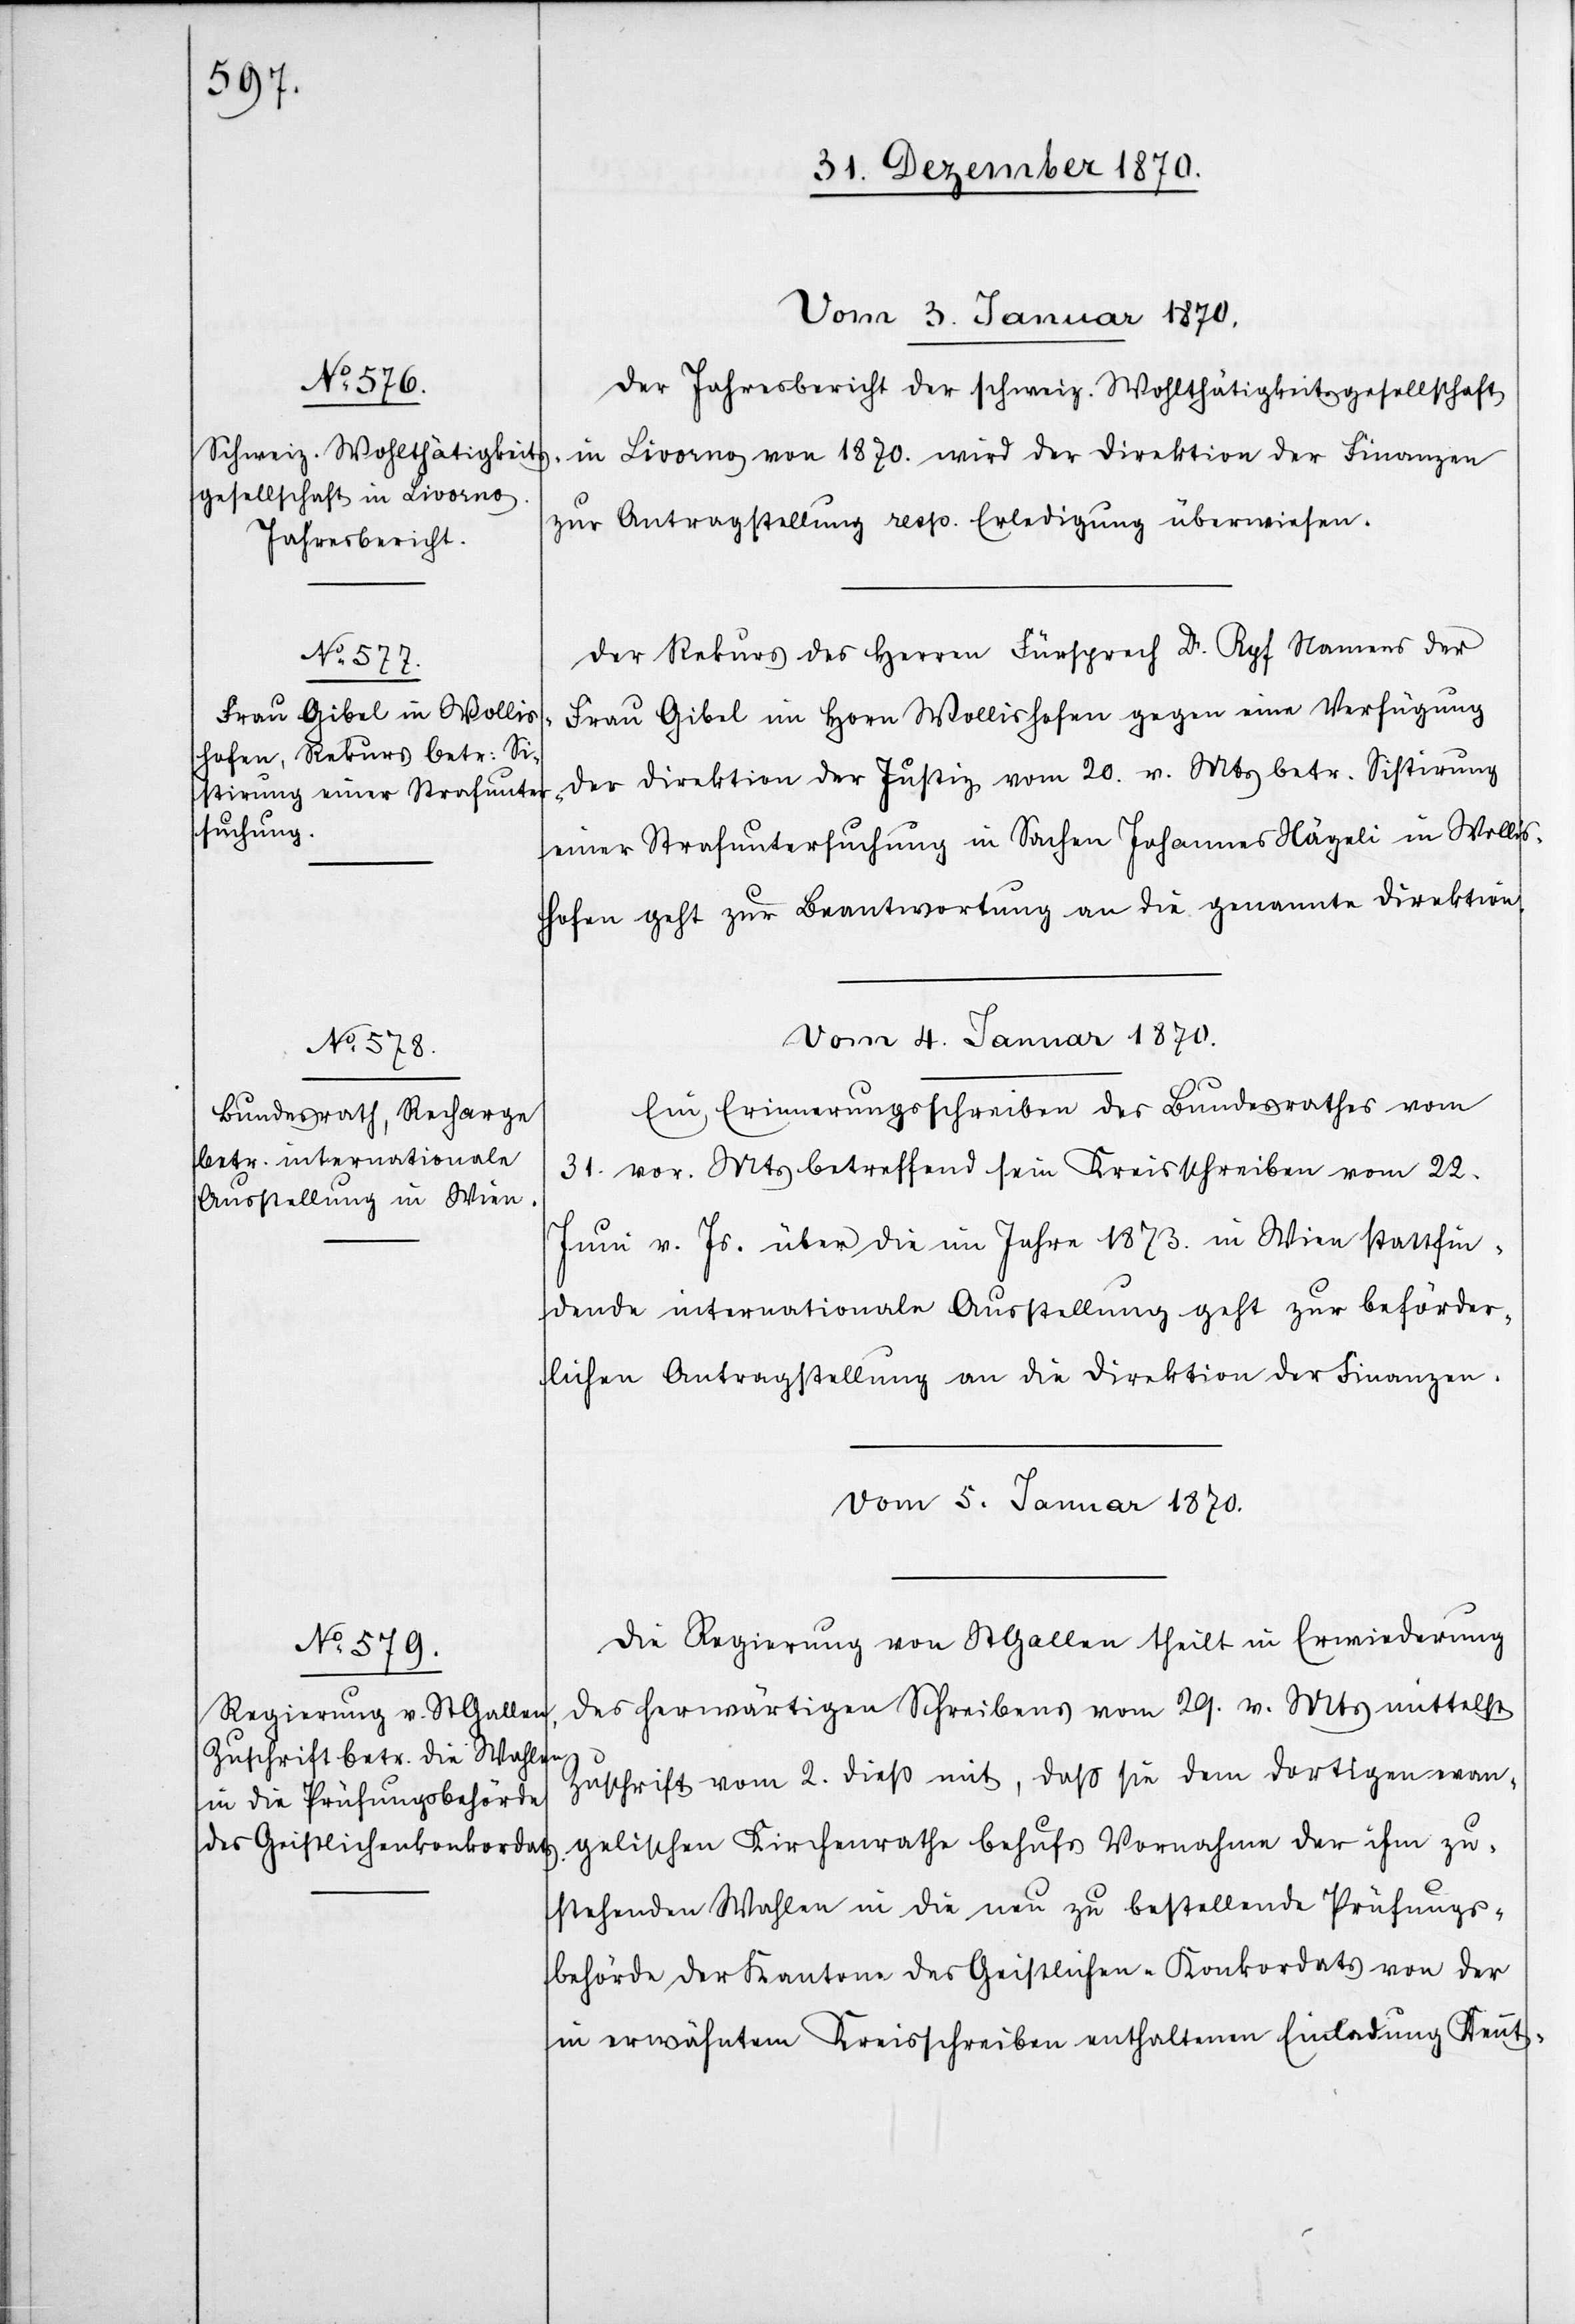
Der Jahresbericht der schweiz. Wohlthätigkeitsgesellschaft
in Livorno von 1870. wird der Direktion der Finanzen
zur Antragstellung resp. Erledigung überwiesen.
Der Rekurs des Herren Fürsprech Dr. Ryf Namens der
Frau Gibel im Horn Wollishofen gegen eine Verfügung
der Direktion der Justiz vom 20. v. Mts betr. Sistirung
einer strafuntersuchung in Sachen Johannes Nägeli in Wollis¬
hofen geht zur Beantwortung an die genannte Direktion.
Vom 4. Januar 1870.
Ein Erinnerungsschreiben des Bundesrathes vom
31. vor. Mts betreffend sein Kreisschreiben vom 22.
Juni v. Js. über die im Jahre 1873. in Wien stattfin¬
dende internationale Ausstellung geht zur beförder¬
lichen Antragstellung an die Direktion der Finanzen.
Vom 5. Januar 1870.
Die Regierung von St. Gallen theilt in Erwiederung
des herwärtigen Schreibens vom 29. v. Mts mittelst
Zuschrift vom 2. dieß mit, daß sie dem dortigen evan¬
gelischen Kirchenrathe behufs Vornahme der ihm zu¬
stehenden Wahlen in die neu zu bestellende Prüfungs¬
behörde der Kantone des Geistlichen-Konkordates von der
in erwähntem Kreisschreiben enthaltenen Einladung Kennt-